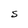
Character: S